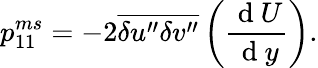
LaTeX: {p}_{11}^{ms}=-2\overline{{{\delta u^{\prime\prime}\delta v^{\prime\prime}}}}\left(\frac{\mathrm{~d~}U}{\mathrm{~d~}y}\right).